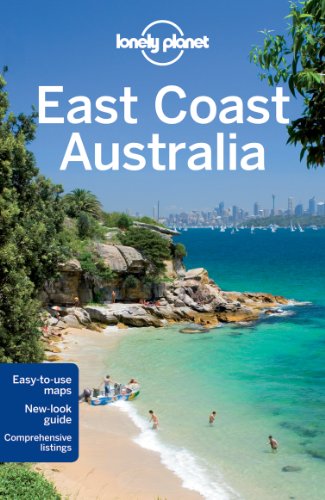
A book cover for Lonely Planet East Coast Australia (Travel Guide); Lonely Planet; Travel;